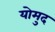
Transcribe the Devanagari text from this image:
योमुद